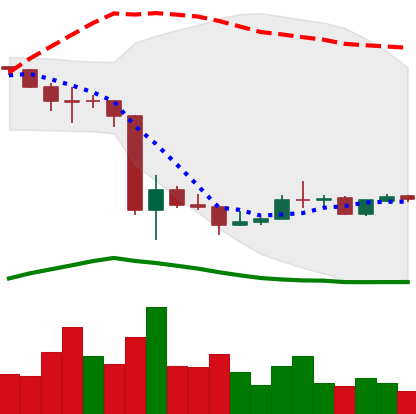
Ticker: LINK-USD
Chart end date: 2020-03-25
Forward return: -4.707%
Label: down_3_5